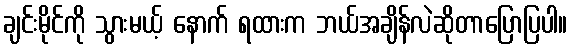
ချင်းမိုင်ကို သွားမယ့် နောက် ရထားက ဘယ်အချိန်လဲဆိုတာပြောပြပါ။